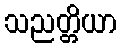
သညတ္တိယာ